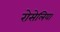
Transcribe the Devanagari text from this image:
रोसेलिया